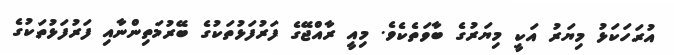
އުރަހަކަޅު މިޔަރު އަކީ މިޔަރުގެ ބާވަތެކެވެ. މިއީ ރާއްޖޭގެ ފަރުފަޅުތަކުގެ ބޭރުމަތިންނާއި ފަރުފަޅުތަކުގެ